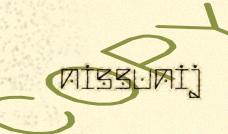
nissunij